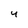
Character: 4